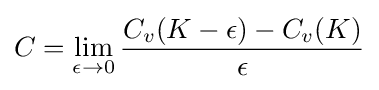
C=\lim _{\epsilon \to 0}{\frac {C_{v}(K-\epsilon )-C_{v}(K)}{\epsilon }}